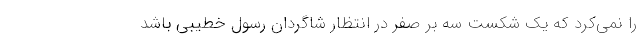
را نمی‌کرد که یک شکست سه بر صفر در انتظار شاگردان رسول خطیبی باشد